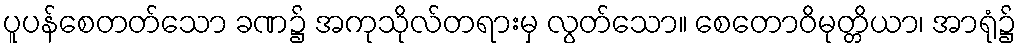
ပူပန်စေတတ်သော ခဏ၌ အကုသိုလ်တရားမှ လွတ်သော။ စေတောဝိမုတ္တိယာ၊ အာရုံ၌